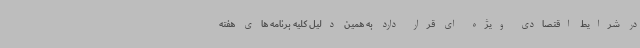
در شرایط اقتصادی ویژه ای قرار دارد به همین دلیل کلیه برنامه های هفته